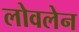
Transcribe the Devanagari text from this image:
लोवलेन